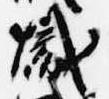
熾